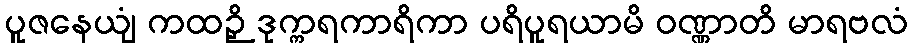
ပူဇနေယျံ ကထဉှိ ဒုက္ကရကာရိကာ ပရိပူရယာမိ ဝဏ္ဏာတိ မာရဗလံ